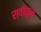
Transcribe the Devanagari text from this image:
स्वीकृन